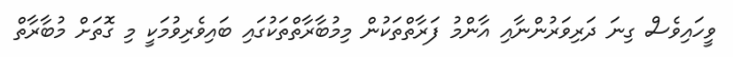
ވީހައިވެސް ގިނަ ދަރިވަރުންނާއި އާންމު ފަރާތްތަކުން މިމުބާރާތްތަކުގައި ބައިވެރިވުމަކީ މި ގޮތަށް މުބާރާތް